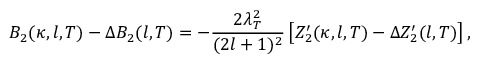
B _ { 2 } ( \kappa , l , T ) - \Delta B _ { 2 } ( l , T ) = - \frac { 2 \lambda _ { T } ^ { 2 } } { ( 2 l + 1 ) ^ { 2 } } \left[ Z _ { 2 } ^ { \prime } ( \kappa , l , T ) - \Delta Z _ { 2 } ^ { \prime } ( l , T ) \right] ,